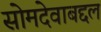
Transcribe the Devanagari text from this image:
सोमदेवाबद्दल